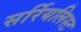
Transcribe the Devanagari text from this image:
सर्रियलिस्ट